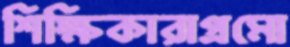
শিক্ষিকারাপ্রমো